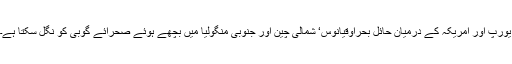
یورپ اور امریکہ کے درمیان حائل بحراوقیانوس‘ شمالی چین اور جنوبی منگولیا میں بچھے ہوئے صحرائے گوبی کو نگل سکتا ہے۔